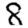
Digit: 8